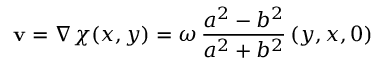
{ \mathbf v } = \nabla \chi ( x , y ) = \omega \, \frac { a ^ { 2 } - b ^ { 2 } } { a ^ { 2 } + b ^ { 2 } } \, ( y , x , 0 )